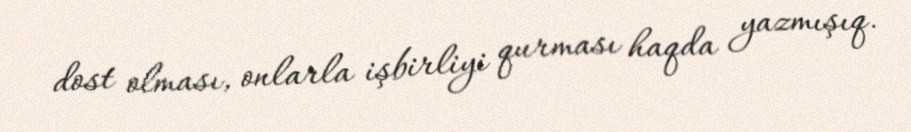
dost olması, onlarla işbirliyi qurması haqda yazmışıq.